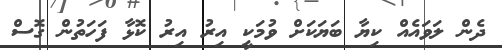
ދެން ލަވައެއް ކިޔާ ބަޔަކަށް ވުމަކީ އިރު އިރު ކޮޅާ ފަހަތުން ގޮސް